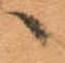
へ